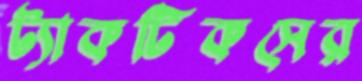
ট্যাকটিকসের